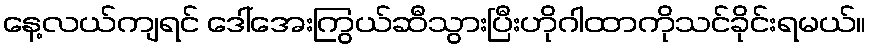
နေ့လယ်ကျရင် ဒေါ်အေးကြွယ်ဆီသွားပြီးဟိုဂါထာကိုသင်ခိုင်းရမယ်။